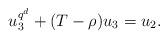
LaTeX: \begin{align*}u_3^{q^d}+(T-\rho)u_3=u_2.\end{align*}